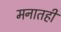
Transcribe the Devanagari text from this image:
मनातही